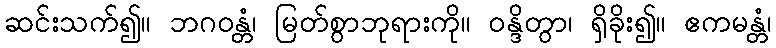
ဆင်းသက်၍။ ဘဂဝန္တံ၊ မြတ်စွာဘုရားကို။ ဝန္ဒိတွာ၊ ရှိခိုး၍။ ဧကမန္တံ၊